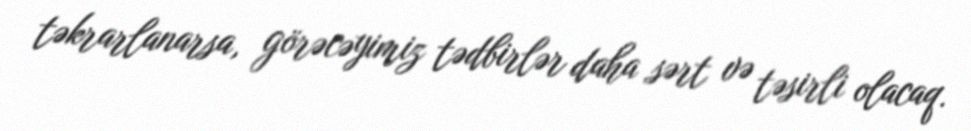
təkrarlanarsa, görəcəyimiz tədbirlər daha sərt və təsirli olacaq.